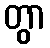
တွာ